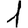
Digit: 1